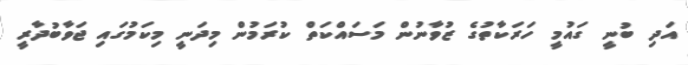
އަދި ބުނީ ގައުމީ ހަރަކާތުގެ ޒުވާނުން މަސައްކަތް ކުރަމުން މިދަނީ މިކަމުގައި ޖަވާބުދާރީ